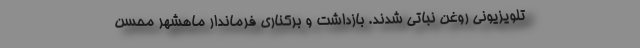
تلویزیونی روغن نباتی شدند. بازداشت و برکناری فرماندار ماهشهر محسن